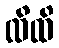
ထိထိ